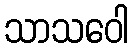
သာသဝေါ